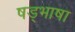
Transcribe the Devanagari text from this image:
षड्भाषा